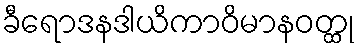
ခီရောဒနဒါယိကာဝိမာနဝတ္ထု